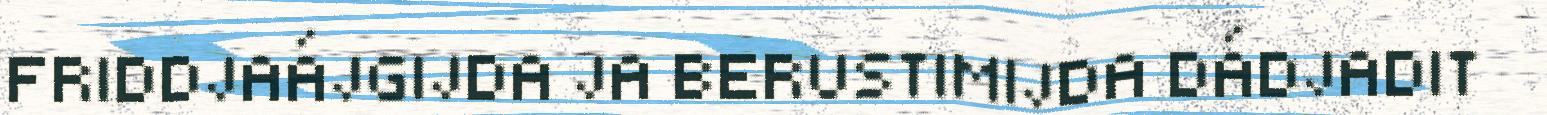
FRIDDJAÁJGIJDA JA BERUSTIMIJDA DÁDJADIT